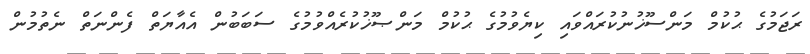
ރަޖަމުގެ ޙުކުމް މަންސޫޚުނުކުރައްވައި ކިޔެވުމުގެ ޙުކުމް މަންޞޫޚުކުރެއްވުމުގެ ސަބަބުން އެއާޔަތް ފެންނަތް ނެތުމުން